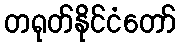
တရုတ်နိုင်ငံတော်